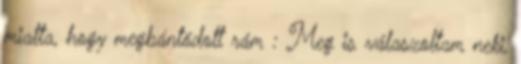
miatta, hogy megbántódott rám : Meg is válaszoltam neki,